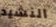
النشيد